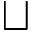
\sqcup